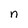
Character: n